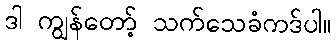
ဒါ ကျွန်တော့် သက်သေခံကဒ်ပါ။